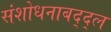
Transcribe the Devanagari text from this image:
संशोधनाबद्द्ल